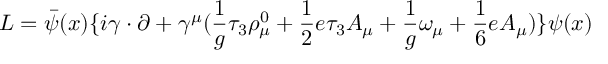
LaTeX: { \cal L } = \bar { \psi } ( x ) \{ i \gamma \cdot \partial + \gamma ^ { \mu } ( { \frac { 1 } { g } } \tau _ { 3 } \rho _ { \mu } ^ { 0 } + { \frac { 1 } { 2 } } e \tau _ { 3 } A _ { \mu } + { \frac { 1 } { g } } \omega _ { \mu } + { \frac { 1 } { 6 } } e A _ { \mu } ) \} \psi ( x )